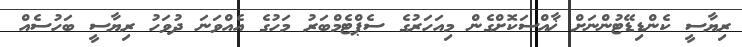
ރިޔާސީ ކެންޑިޑޭޓުންނަށް ޚާއްސަކޮށްގެން މިއަހަރުގެ ސެޕްޓެމްބަރު މަހުގެ އެއްވަނަ ދުވަހު ރިޔާސީ ބަހުސެއް